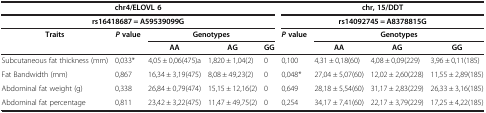
| <COLSPAN=5> chr4/ELOVL 6 | <COLSPAN=4> chr, 15/DDT |
 | <COLSPAN=5> rs16418687 = A59539099G | <COLSPAN=4> rs14092745 = A8378815G |
 | Traits | Pvalue | <COLSPAN=3> Genotypes | Pvalue | <COLSPAN=3> Genotypes |
 |  |  | AA | AG | GG |  | AA | AG | GG |
 | --- | --- | --- | --- | --- | --- | --- | --- | --- |
 | Subcutaneous fat thickness (mm) | 0,033* | 4,05 ± 0,06(475)a | 1,820 ± 1,04(2) | 0 | 0,100 | 4,31 ± 0,18(60) | 4,08 ± 0,09(229) | 3,96 ± 0,11(185) |
 | Fat Bandwidth (mm) | 0,867 | 16,34 ± 3,19(475) | 8,08 ± 49,23(2) | 0 | 0,048* | 27,04 ± 5,07(60) | 12,02 ± 2,60(228) | 11,55 ± 2,89(185) |
 | Abdominal fat weight (g) | 0,338 | 26,84 ± 0,79(474) | 15,15 ± 12,16(2) | 0 | 0,649 | 28,18 ± 5,54(60) | 31,17 ± 2,83(229) | 26,33 ± 3,16(185) |
 | Abdominal fat percentage | 0,811 | 23,42 ± 3,22(475) | 11,47 ± 49,75(2) | 0 | 0,254 | 34,17 ± 7,41(60) | 22,17 ± 3,79(229) | 17,25 ± 4,22(185) |